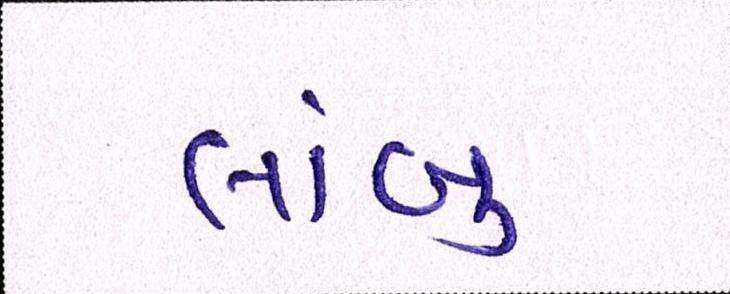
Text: લાંબુ